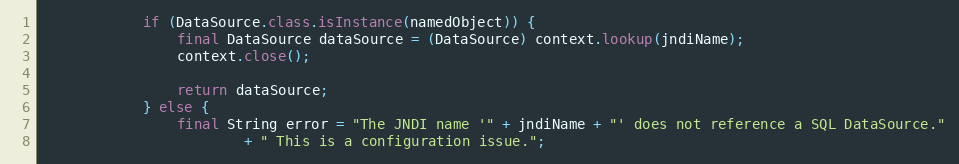
Language: Java
            if (DataSource.class.isInstance(namedObject)) {
                final DataSource dataSource = (DataSource) context.lookup(jndiName);
                context.close();

                return dataSource;
            } else {
                final String error = "The JNDI name '" + jndiName + "' does not reference a SQL DataSource."
                        + " This is a configuration issue.";